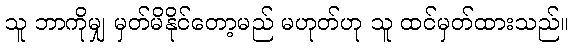
သူ ဘာကိုမျှ မှတ်မိနိုင်တော့မည် မဟုတ်ဟု သူ ထင်မှတ်ထားသည်။